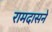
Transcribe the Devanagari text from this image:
रामदासने